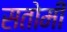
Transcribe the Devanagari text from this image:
सतोमी